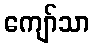
ကျော်သာ